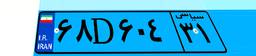
۸۴D۰۶۷۲۹